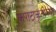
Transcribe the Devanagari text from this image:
कपाटाकृतीच्या